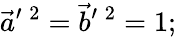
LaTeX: \vec{a}^{\prime\; 2}=\vec{b}^{\prime\; 2}=1;